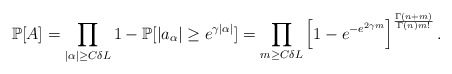
\begin{align*}\mathbb P[A]=\prod_{|\alpha|\geq C\delta L}1-\mathbb P[|a_{\alpha}|\geq e^{\gamma|\alpha|}]=\prod_{m\geq C\delta L}\left[1-e^{-e^{2\gamma m}}\right]^{\frac{\Gamma(n+m)}{\Gamma(n)m!}}.\end{align*}